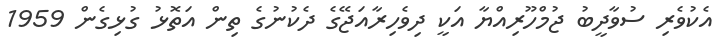
އެކުވެރި ސުވާދީބު ޖުމްހޫރިއްޔާ އަކީ ދިވެހިރާއަޖޭގެ ދެކުނުގެ ތިން އަތޮޅު ގުޅިގެން 1959